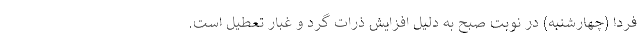
فردا (چهارشنبه) در نوبت صبح به دلیل افزایش ذرات گرد و غبار تعطیل است.